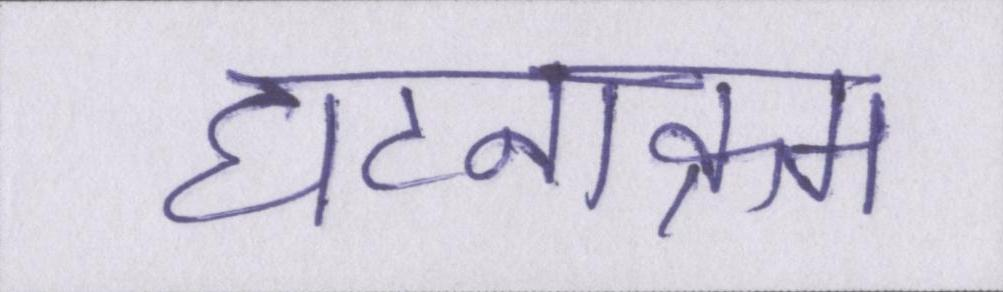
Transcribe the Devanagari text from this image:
घटनाक्रम